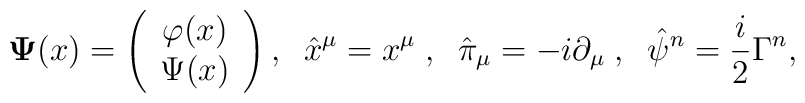
{\bf \Psi}(x)=\left(\begin{array}{c}\varphi(x)\\\Psi(x)\end{array}\right),\;\; \hat{x}^\mu=x^\mu\;,\;\;\hat{\pi}_\mu=-i\partial_\mu\;, \;\;\hat{\psi}^n=\frac{i}{2}\Gamma^n,